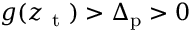
g ( z _ { \mathrm { ~ t ~ } } ) > \Delta _ { \mathrm { p } } > 0